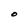
Character: O